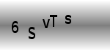
Text: 6SvTs